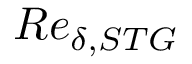
R e _ { \delta , S T G }